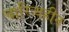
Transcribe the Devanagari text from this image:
चारित्र्यहीन